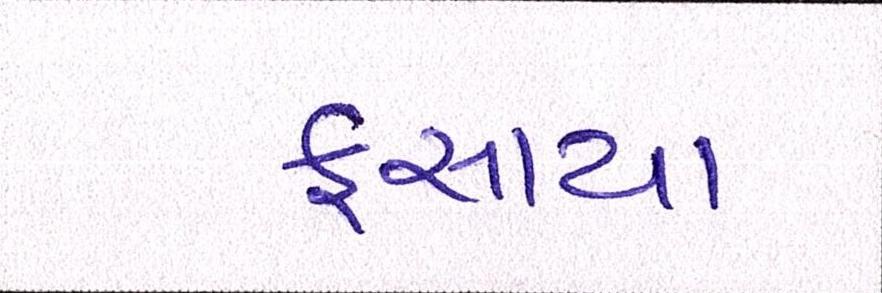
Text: ફસાયા